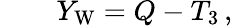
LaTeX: \qquad Y_{\mathrm{{W}}}=Q-T_{3}\, ,